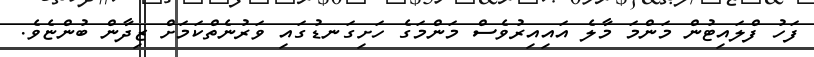
ފަހު ފްލައިޓުން މަންމަ މާލެ އައިއިރުވެސް މަންމަގެ ހަށިގަނޑުގައި ވަރުނެތްކަމަށް ޒިދާން ބުންޏެވެ.